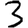
Digit: 3